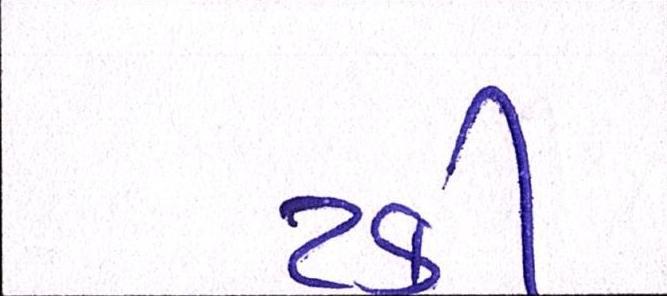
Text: ટકી